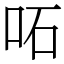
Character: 𠰴